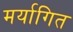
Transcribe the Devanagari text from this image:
मर्यागित